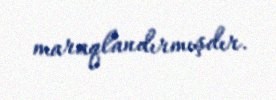
maraqlandırmışdır.